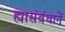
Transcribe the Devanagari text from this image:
ह्यासंबंधानें